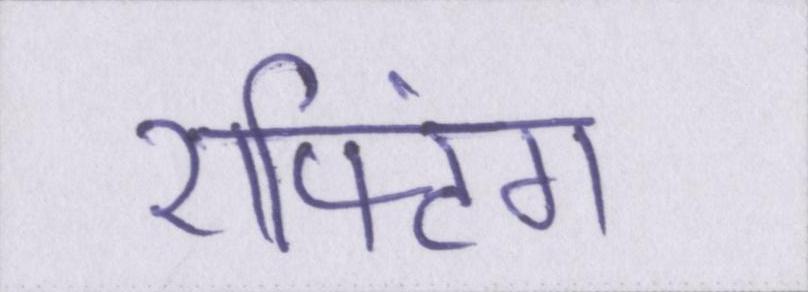
राफ्टिंग